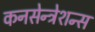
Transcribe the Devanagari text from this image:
कनसेन्ट्रेशन्स